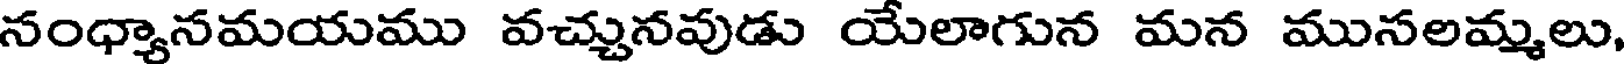
సంధ్యానమయము వచ్చునవుడు యేలాగున మన ముసలమ్మలు,